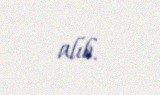
alıb.